Report on sanitation, dispensaries, and jails in Rajputana for 1914, and on vaccination for the year 1914-1915 - 1914-1915
Year: 1914
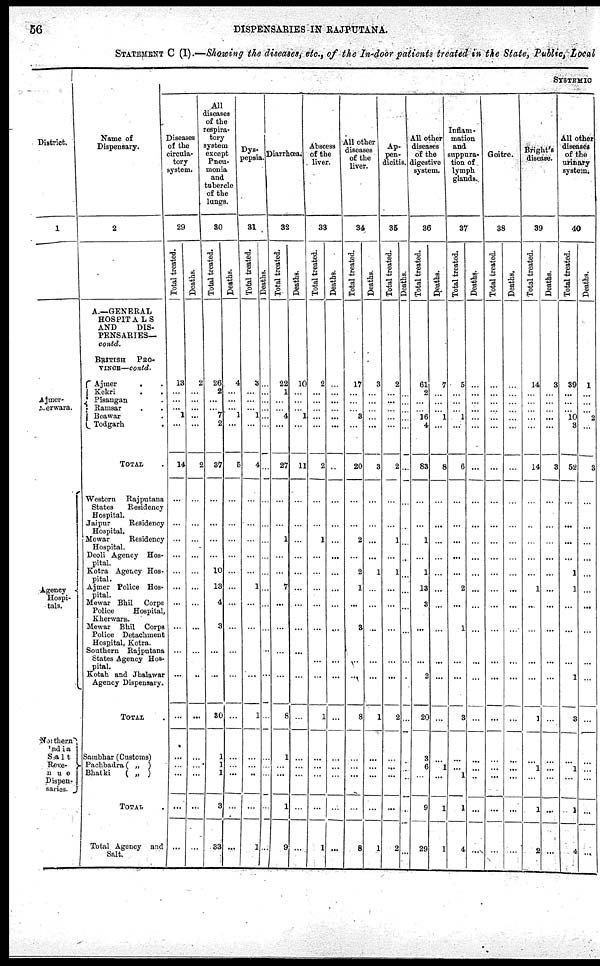
56
DISPENSARIES IN RAJPUTANA.
STATEMENT C (I).—Showing the diseases etc., of the In-door patients treated in the State, Public, Local
District.
1
Ajmer-
Merwara.
Agency
Hospi-
tals.
Northern
India
Salt
Reve-
n u e
Dispen-
saries.
Name of
Dispensary.
2
A.—GENERAL
HOSPITA LS
AND
DIS-
PENSARIES—
contd.
BRITISH
PRO-
VINCE—contd.
Ajmer
. .
Kekri. .
Pisangan .
Ramsar. .
Beawar.
Tod garh.
TOTAL.
Western
Rajputana
States
Residency
Hospital.
Jaipur
Residency
Hospital.
Mewar
Residency
Hospital.
Deoli Agency Hos-
pital.
Kotra Agency Hos-
pital.
Ajmer Police Hos-
pital.
Mewar Bhil
Corps
Police
Hospital,
Kherwara.
Mewar Bhil Corps
Police Detachment
Hospital, Kotra.
Southern Rajputana
States Agency Hos-
pital.
Kotah and Jhalawar
Agency Dispensary.
TOTAL.
Sambhar (Customs)
Pachbadra ( „ )
Bhatki
( „ )
TOTAL.
Total Agency and
Salt.
SYSTEMIO
Diseases
of the
circula-
tory
system.
29
Total treated.
13
...
...
... 1
...
14
...
...
...
...
...
...
...
...
...
...
...
...
...
...
...
...
Deaths.
2
...
...
...
...
...
2
...
...
...
...
...
...
...
...
...
...
...
...
...
...
...
...
All
diseases
of the
respira-
tory
system
except
Pneu-
monia
and
tubercle
of the
lungs.
30
Total treated.
26
2
...
... 7
2
87
...
...
...
...
10
13
4
3
...
...
30
1
1
1
3
33
Deaths.
4
...
...
... 1
...
5
...
...
...
...
...
...
...
...
...
...
...
...
...
...
...
...
Dys-
pepsia.
31
Total treated.
3
...
...
... 1
...
4
...
...
...
...
...
1
...
...
...
...
1
...
...
...
...
1
Deaths.
...
...
...
...
...
...
...
...
...
...
...
...
...
...
...
...
...
...
...
...
...
...
...
Diarrhœa.
32
Total treated.
22
1
...
... 4
...
27
...
...
1
...
...
7
...
...
...
...
8
1
...
...
1
9
Deaths.
10
...
...
... 1
...
11
...
...
...
...
...
...
...
...
...
...
...
...
...
...
...
...
Abscess
of the
liver.
33
Total treated.
2
...
...
...
...
...
2
...
...
1
...
...
...
...
...
...
...
1
...
...
...
...
1
Deaths.
...
...
...
...
...
...
...
...
...
...
...
...
...
...
...
...
...
...
...
...
...
...
...
All other
discases
of the
liver.
34
Total treated.
17
...
...
... 3
...
20
...
...
2
...
2
1
...
3
...
...
8
...
...
...
...
8
Deaths.
3
...
...
...
...
...
3
...
...
...
...
1
...
...
...
...
...
1
...
...
...
...
1
Ap-
pen-
dicitis.
35
Total treated.
2
...
...
...
...
...
2
...
...
1
...
1
...
...
...
...
...
2
...
...
...
...
2
Deaths.
...
...
...
...
...
...
...
...
...
...
...
...
...
...
...
...
.
...
...
...
...
.
...
All other
diseases
of the
digestive
system.
36
Total treated.
61
2
...
... 16
4
83
...
...
1
...
1
13
3
...
...
2
20
3
6
...
9
29
Deaths.
7
...
...
... 1
...
8
...
...
...
...
...
...
...
...
...
...
...
...
1
...
1
1
Inflam-
mation
and
suppura-
tion of
lymph
glands.
37
Total treated.
5
...
...
... 1
...
6
...
...
...
...
2
...
1
...
...
3
...
...
1
1
4
Deaths.
...
...
...
...
...
...
...
...
...
...
...
...
...
...
...
...
...
...
...
...
...
...
...
Goitre.
38
Total treated.
...
...
...
...
...
...
...
...
...
...
...
...
...
...
...
...
...
...
...
...
...
...
Deaths.
...
...
...
...
...
...
...
...
...
...
...
...
...
...
...
...
...
...
...
...
...
...
...
Bright's
disease.
39
Total treated.
14
...
...
...
...
...
14
...
...
...
...
...
1
...
...
...
...
1
...
1
...
1
2
Deaths.
3
...
...
...
...
...
3
...
...
...
...
...
...
...
...
...
...
...
...
...
...
...
...
All other
diseases
of the
urinary
system.
40
Total treated.
39
...
...
... 10
3
52
...
...
...
...
1
1
...
...
...
1
3
...
1
...
1
4
Deaths.
1
...
...
... 2
...
3
...
...
...
...
...
1
...
...
...
...
...
...
...
...
...